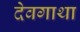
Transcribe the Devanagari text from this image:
देवगाथा